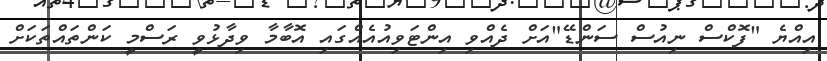
އިއްޔެ "ފޮކްސް ނިއުސް ސަންޑޭ"އަށް ދެއްވި އިންޓަވިއުއެއްގައި އޮބާމާ ވިދާޅުވީ ރަސްމީ ކަންތައްތަކަށް